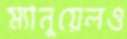
ম্যানুয়েলও